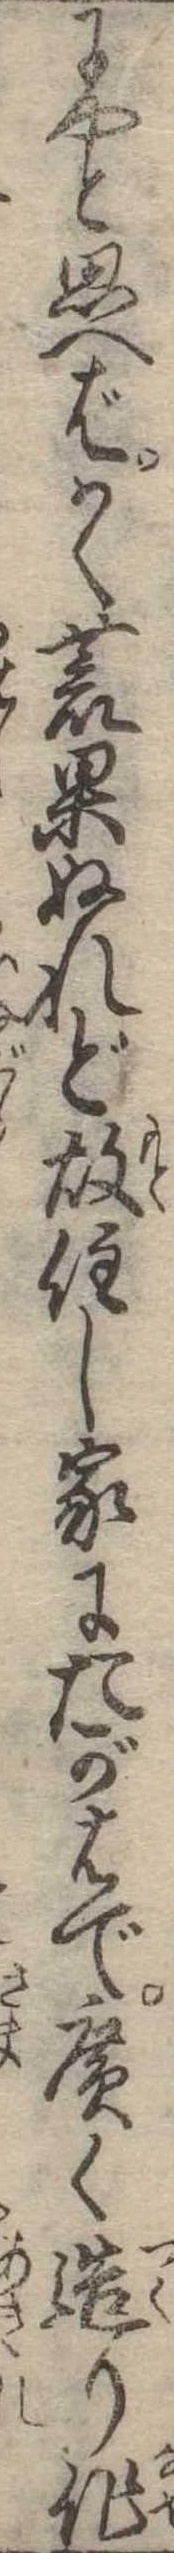
にやと思へばかく荒果ぬれど故住し家にたがはで広く造り作